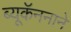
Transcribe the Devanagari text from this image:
ब्यूकॅननाने